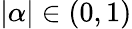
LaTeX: |\alpha|\in(0,1)